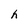
Character: h